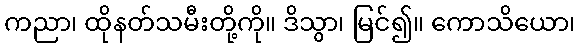
ကညာ၊ ထိုနတ်သမီးတို့ကို။ ဒိသွာ၊ မြင်၍။ ကောသိယော၊